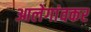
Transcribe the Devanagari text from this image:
आलेगांवकर